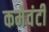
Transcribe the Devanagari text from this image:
कमेवंटी